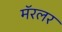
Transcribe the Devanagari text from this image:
मॅरलर